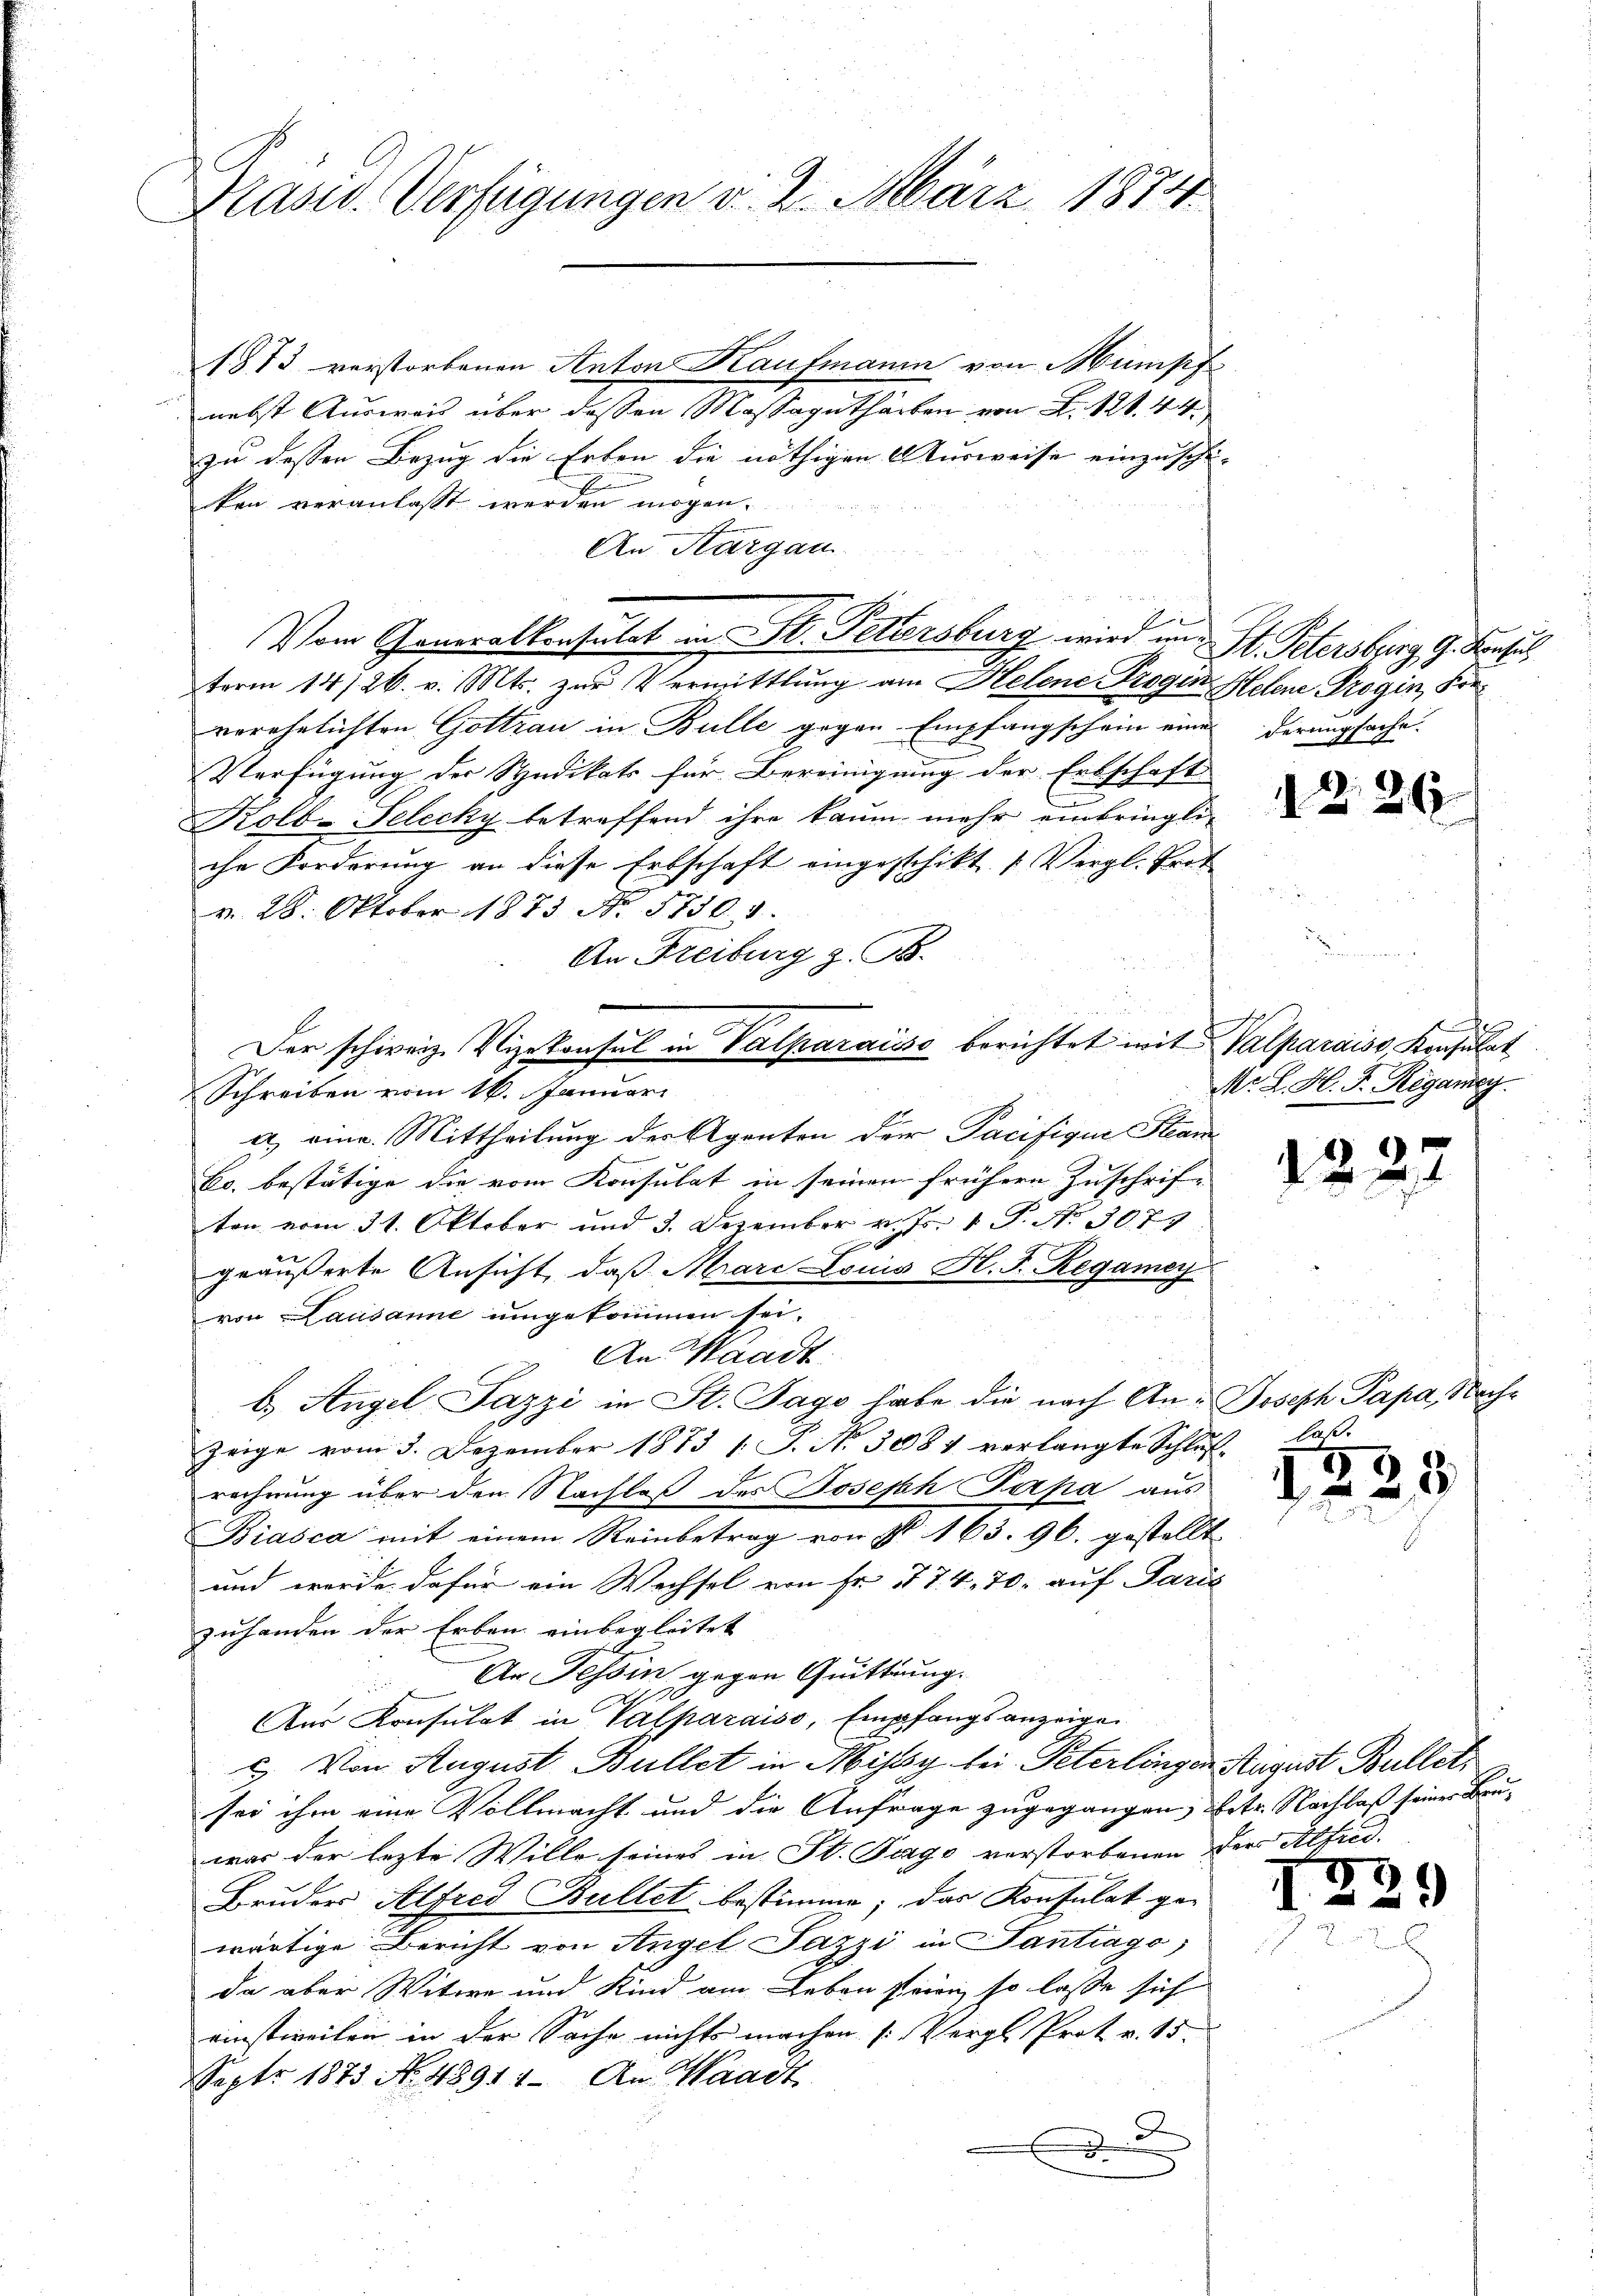
Präsid. Verfügungen v. 2. März 1874

1873 verstorbenen Anton Kaufmann von Humpf
nebst Ausweis über dessen Massaguthaben von L. 121. 44.
zu dessen Bezug die Erben die nöthigen Ausweise einzuschi-
ken veranlasst werden mögen.
An Aargau
A
term 14/26. v. Mts. zur Vermittlung am Helene Progus Helene Progin, Freverehelichten Gottrau in Bulle gegen Empfangschein eine darungsache.
Verfügung der Syndikats für Bereinigung der Erbschaft
Kolb-Selecky betreffend ihre kaum mehr einbringli-
che Forderung an diese Erbschaft eingeschikt. (Vergl. Prot
v. 28. Oktober 1873 No 57301.
An Freiburg z. B.
Schreiben vom 16. Januar
2. eine. Mittheilung der Agenten der Pacifique Stam
kr. bestätige die vom Konsulat in seinen frühere Zuschrif-
ton vom 31. Oktober und 3. Dezember v. Js. 1 P. No. 3079
geäußerte Ansicht, daß Mare Louis H. J. Regamey
von Lausanne umgekommen sei.
An Waadt.
b.) Angel Pazzi in St. Jago habe die nach An- Joseph Papa, Nach¬
Zeige vom 3. Dezember 1873 [ P. Nr. 3084 verlangte Schluß-
rechnung über den Nachlaß des Joseph Papa aus
Biasca mit einem Reinbetrag von P. 163. 96. gestellt
und wurde dafür ein Wechsel von Fr. 77. 4, 70. auf Paris
zuhanden der Erben einbegleitet
An Tessin gegen Quittung.
1
Aus Konsulat in Valparaiso, Empfangsanzeige
c. Von August Bullet in Missy bei Peterlingen August Bullet,
sei ihm eine Vollmacht und die Anfrage zugegangen, betr. Nachlaß seiner Bruwar der lezte Wille seines in St. Pago verstorbenen der Alfeld.
Bruder Alfred Bullet bestimme; das Konsulat ge-
wärtige Bericht von Angel Pazzi in Santrago,
da aber Witwe und Kind am Leben seien, so lasse sich
einstweilen in der Sache nichts machen [Vergl. Prot v. 15.
Sept. 1873 No. 48911. An Waadt
.

Vom Generalkonsulat in St. Petersburg wird und St. Petersburg G. Vorsic

Der schweiz. Vizekonsul in Valparaisse berichtet mit Valparaiss Konsulat

12

M. L. H. F. Regamey

122.

d

26

laß.

25